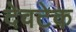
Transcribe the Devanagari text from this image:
देवटेक